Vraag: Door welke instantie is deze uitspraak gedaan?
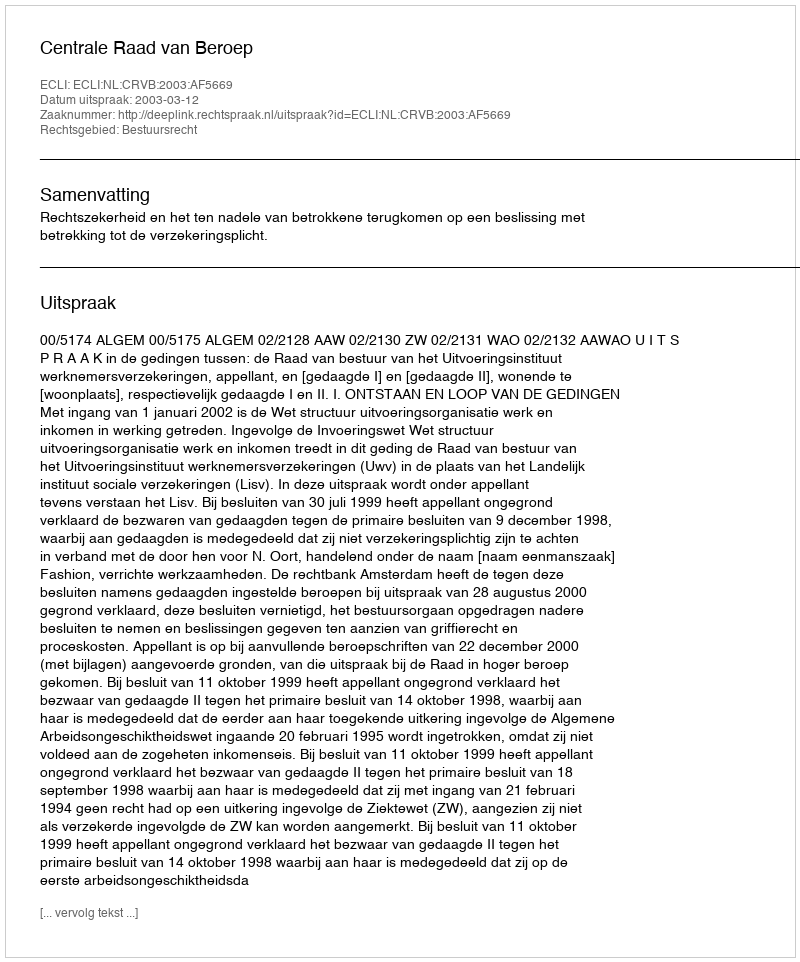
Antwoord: Centrale Raad van Beroep